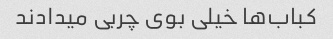
کباب‌ها خیلی بوی چربی میدادند